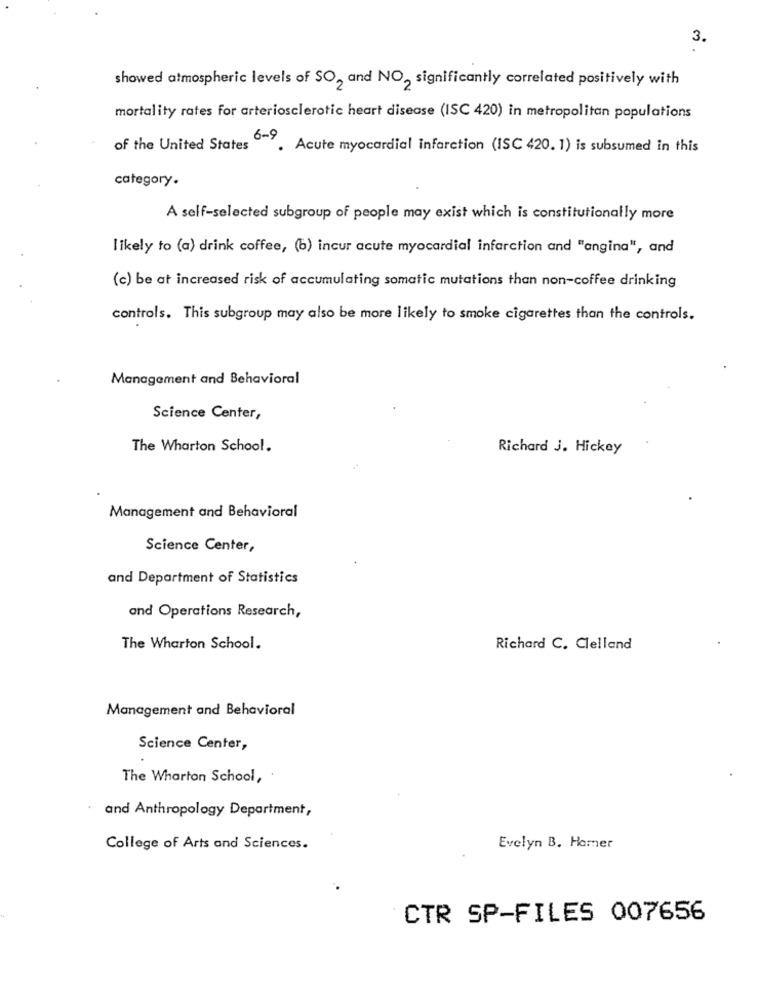
3.
showed atmospheric levels of SO2 and NO2 significantly correlated positively with
mortality rates for arteriosclerotic heart disease (ISC 420) in metropolitan populations
of the United States . Acute myocardial infarction (ISC 420.1) is subsumed in this
category.
A self-selected subgroup of people may exist which is constitutionally more
likely to (a) drink coffee, (b) incur acute myocardial infarction and "angina", and
(c) be at increased risk of accumulating somatic mutations than non-coffee drinking
controls. This subgroup may also be more likely to smoke cigarettes than the controls.
Management and Behavioral
Science Center,
The Wharton School.
Richard J. Hickey
Management and Behavioral
Science Center,
and Department of Statistics
and Operations Research,
The Wharton School.
Richard C. Clelland
Management and Behavioral
Science Center,
The Wharton School,
and Anthropology Department,
College of Arts and Sciences.
Evelyn B. Hamer
CTR SP-FILES 007656